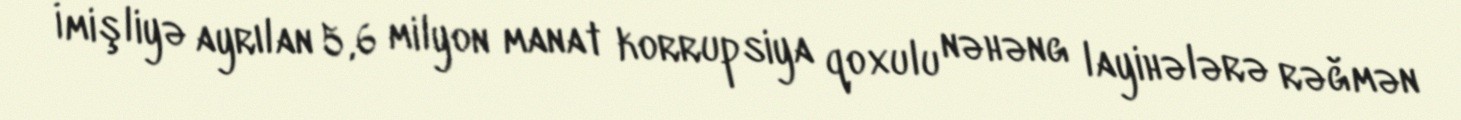
İmişliyə ayrılan 5,6 milyon manat korrupsiya qoxulu nəhəng layihələrə rəğmən